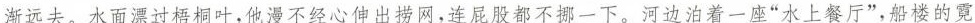
渐远去。水面漂过梧桐叶，他漫不经心伸出捞网，连屁股都不挪一下。河边泊着一座“水上餐厅”，船楼的霓